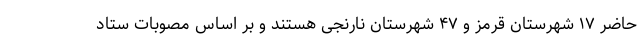
حاضر ۱۷ شهرستان قرمز و ۴۷ شهرستان نارنجی هستند و بر اساس مصوبات ستاد